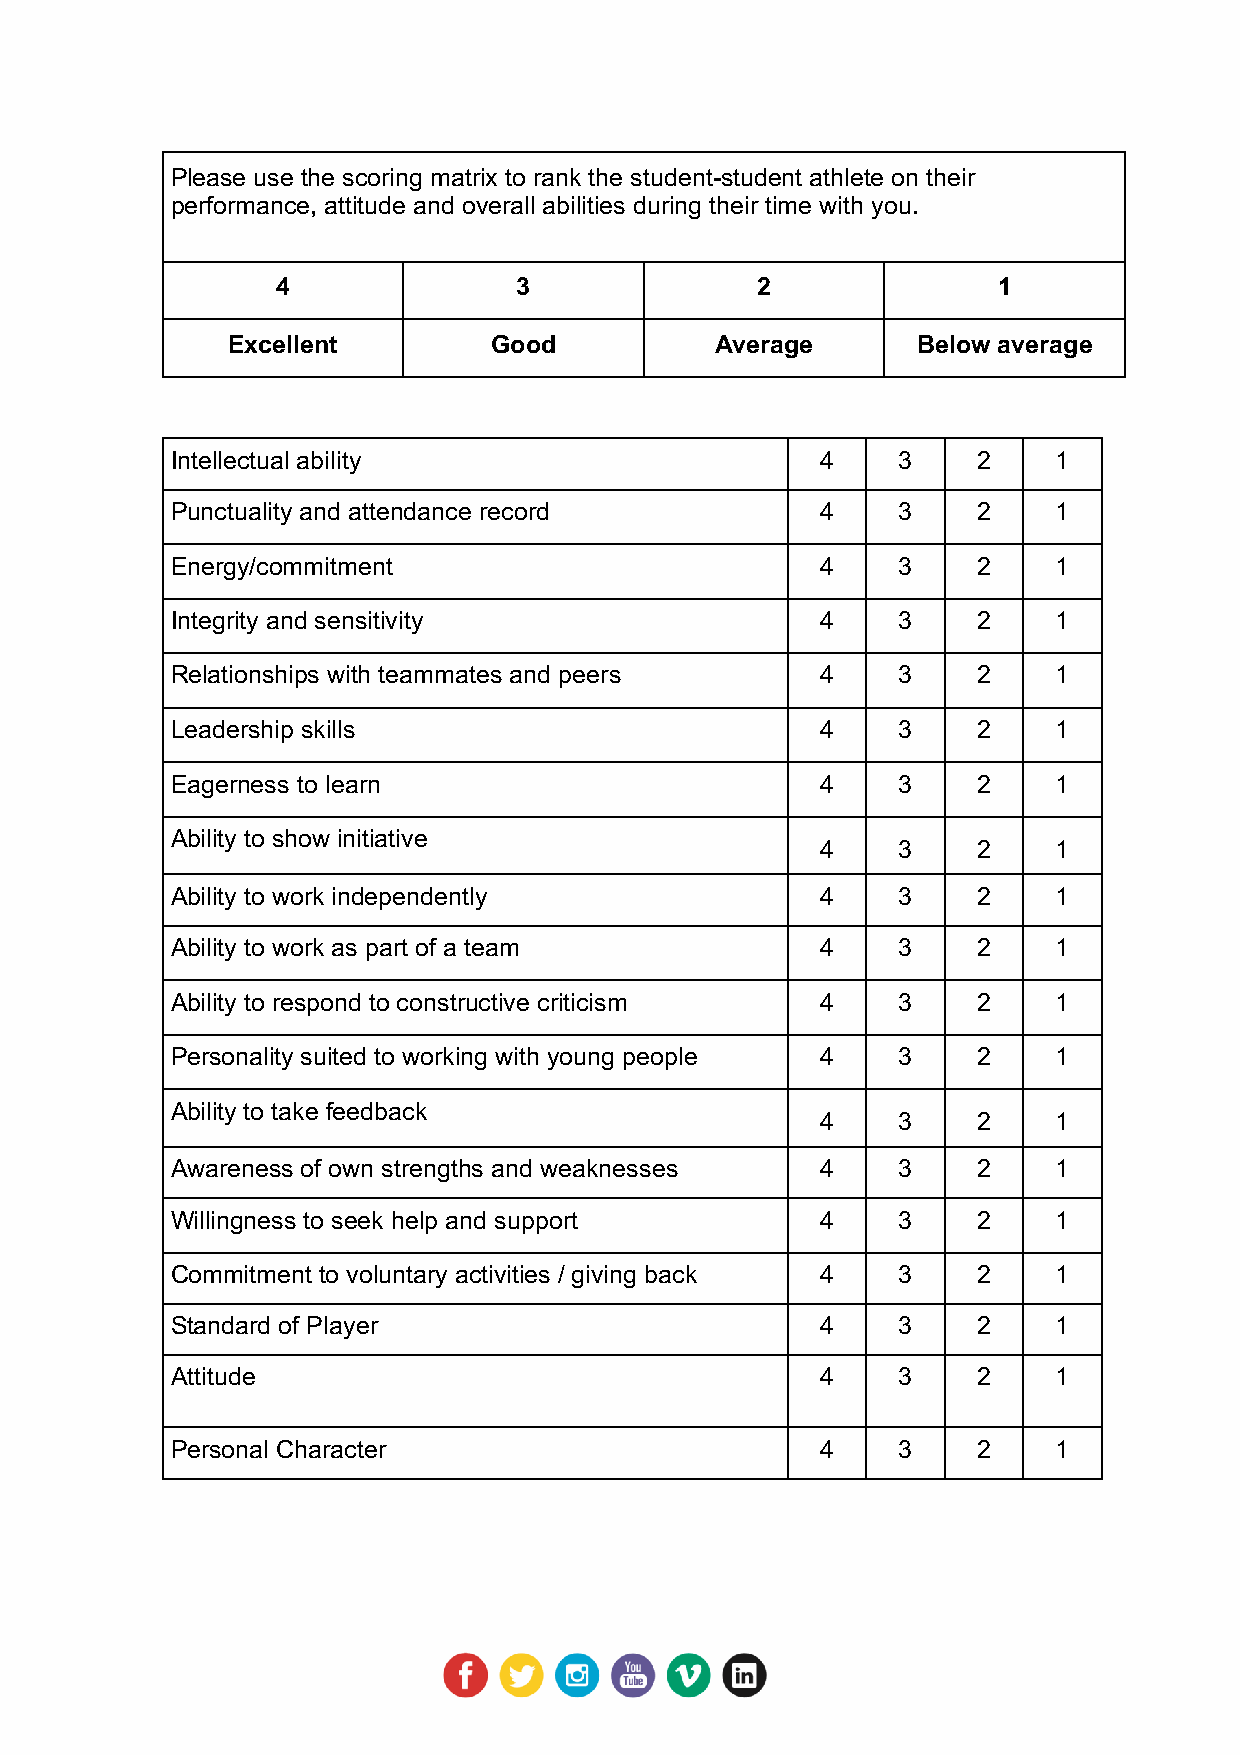
Please use the scoring matrix to rank the student-student athlete on their
 performance, attitude and overall abilities during their time with you.
 4               3               2               1
 Excellent        Good           Average       Below average
 Intellectual ability                       4    3     2    1
 Punctuality and attendance record          4    3     2    1
 Energy/commitment                          4    3     2    1
 Integrity and sensitivity                  4    3     2    1
 Relationships with teammates and peers     4    3     2    1
 Leadership skills                          4    3     2    1
 Eagerness to learn                         4    3     2    1
 Ability to show initiative
 4    3     2    1
 Ability to work independently              4    3     2    1
 Ability to work as part of a team          4    3     2    1
 Ability to respond to constructive criticism 4  3     2    1
 Personality suited to working with young people 4 3   2    1
 Ability to take feedback
 4    3     2    1
 Awareness of own strengths and weaknesses  4    3     2    1
 Willingness to seek help and support       4    3     2    1
 Commitment to voluntary activities / giving back 4 3  2    1
 Standard of Player                         4    3     2    1
 Attitude                                   4    3     2    1
 Personal Character                         4    3     2    1